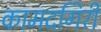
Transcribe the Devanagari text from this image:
कामदगिरी